Lunatic asylums Central Provinces reports 1895-1909 - 1895-1909
Year: 1895
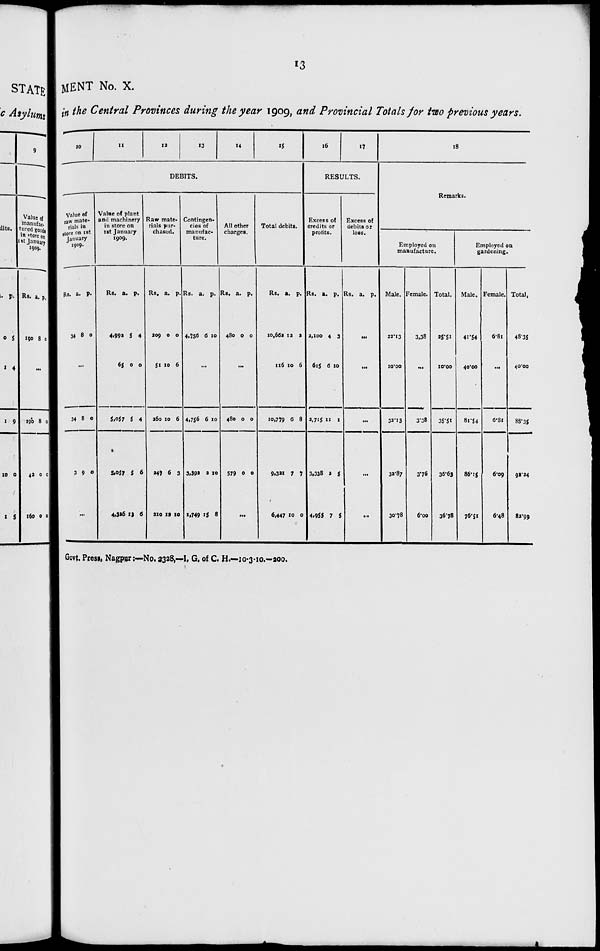
13
MENT No. X.
in the Central Provinces during the year 1909, and Provincial Totals for two previous years.
10
11
12
13
14
15
DEBITS.
Value of
raw mate-
rials in
store on 1st
January
1909.
Rs.
34
a.
8
p.
0
...
34
3
8
9
0
0
...
Value of plant
and machinery
in store on
1st January
1909.
Rs.
4,992
65
5,057
5,057
4,326
a.
5
0
5
5
13
p.
4
0
4
6
6
Raw mate-
rials pur-
chased.
Rs.
209
51
260
247
210
a.
0
10
10
6
12
p.
0
6
6
3
10
Contingen-
cies of
manufac-
ture.
Rs.
4,756
a.
6
p.
10
...
4,756
3,392
1,749
6
2
15
10
10
8
All other
charges.
Rs.
480
a.
0
p.
0
...
480
579
0
0
0
0
...
Total debits.
Rs.
10,662
116
10,779
9,321
6,447
a.
12
10
6
7
10
p.
2
6
8
7
0
16
17
RESULTS.
Excess of
credits or
profits.
Rs.
2,100
615
2,715
3,338
4,955
a.
4
6
11
2
7
p.
3
10
1
5
5
Excess of
debits or
loss.
Rs. a. p.
...
...
...
...
...
18
Remarks.
Employed on
manufacture.
Male.
22.13
10.00
32.13
32.87
30.78
Female.
3.38
...
3.38
3.76
6.00
Total.
25.51
10.00
35.51
36.63
36.78
Employed on
gardening.
Male.
41.54
40.00
81.54
86.15
76.51
Female.
6.81
...
6.8l
6.09
6.48
Total.
48.35
40.00
88.35
92.24
82.99
Govt. Press, Nagpur:—No. 2328,— I, G. of C. H.—10-3-10.—200.